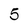
Character: 5